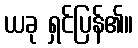
ယခု ရှင်ပြန်၏။